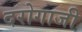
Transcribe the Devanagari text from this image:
दरोगाजी